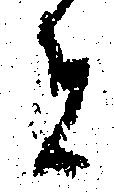
者